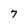
Character: 7